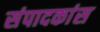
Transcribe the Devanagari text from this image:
संपादकांस